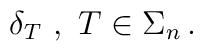
\delta_T \ , \ T \in \Sigma_n \, .